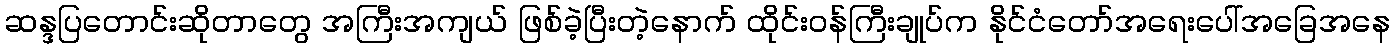
ဆန္ဒပြတောင်းဆိုတာတွေ အကြီးအကျယ် ဖြစ်ခဲ့ပြီးတဲ့နောက် ထိုင်းဝန်ကြီးချုပ်က နိုင်ငံတော်အရေးပေါ်အခြေအနေ